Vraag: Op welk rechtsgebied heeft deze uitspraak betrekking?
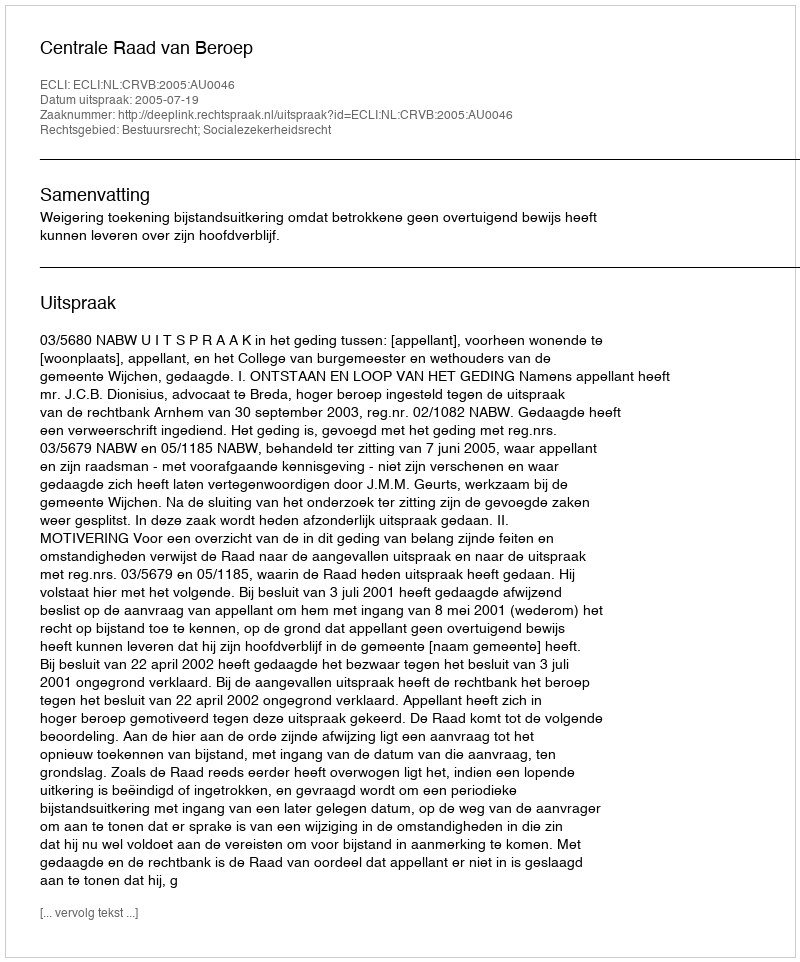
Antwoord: Bestuursrecht; Socialezekerheidsrecht